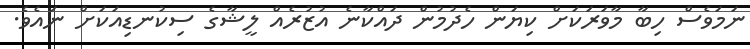
ނަމަވެސް ހިބާ މާވަރަކަށް ކިޔަން ހެދުމުން ދައްކާނެ އުޒުރެއް ލީޝާގެ ސިކުނޑިއަކަށް ނައެވެ.